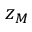
z _ { M }